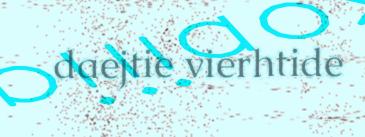
daejtie vierhtide